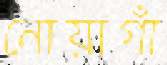
নোয়াগাঁ